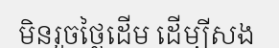
មិនរួចថ្លៃដើម ដើម្បីសង